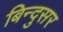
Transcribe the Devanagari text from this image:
बिन्दुसर